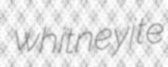
whitneyite